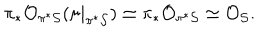
LaTeX: \pi _ { * } { \cal O } _ { \pi ^ { * } { \cal S } } ( \sigma | _ { \pi ^ { * } { \cal S } } ) \simeq \pi _ { * } { \cal O } _ { \pi ^ { * } { \cal S } } \simeq { \cal O } _ { { \cal S } } .